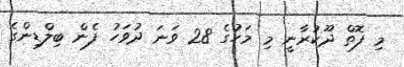
މި ފޮތް ދޫކުރާނީ މި މަހުގެ 28 ވަނަ ދުވަހު ފެން ބިލްޑިންގެ